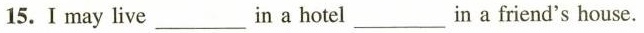
15. I may live ___ in a hotel ___ in a friend's house.